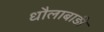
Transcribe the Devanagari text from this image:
धौलाबाड़ी